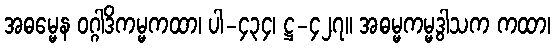
အဓမ္မေန ဝဂ္ဂါဒိကမ္မကထာ၊ ပါ-၄၃၄၊ ဋ္ဌ-၄၂၇။ အဓမ္မကမ္မဒွါသက ကထာ၊